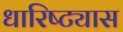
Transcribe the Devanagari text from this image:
धारिष्ट्यास